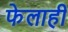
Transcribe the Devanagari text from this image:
फेलाही